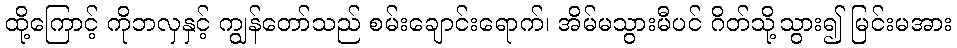
ထို့ကြောင့် ကိုဘလှနှင့် ကျွန်တော်သည် စမ်းချောင်းရောက်၊ အိမ်မသွားမီပင် ဂိတ်သို့သွား၍ မြင်းမအား